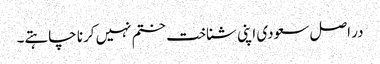
در اصل سعودی اپنی شناخت ختم نہیں کرنا چاہتے۔